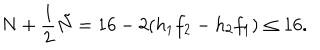
N + \frac { 1 } { 2 } \tilde { N } = 1 6 - 2 ( h _ { 1 } f _ { 2 } - h _ { 2 } f _ { 1 } ) \leq 1 6 .